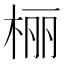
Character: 𪲔